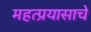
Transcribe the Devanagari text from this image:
महत्प्रयासाचे